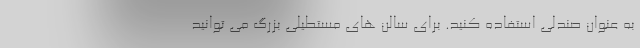
به عنوان صندلی استفاده کنید. برای سالن های مستطیلی بزرگ می توانید